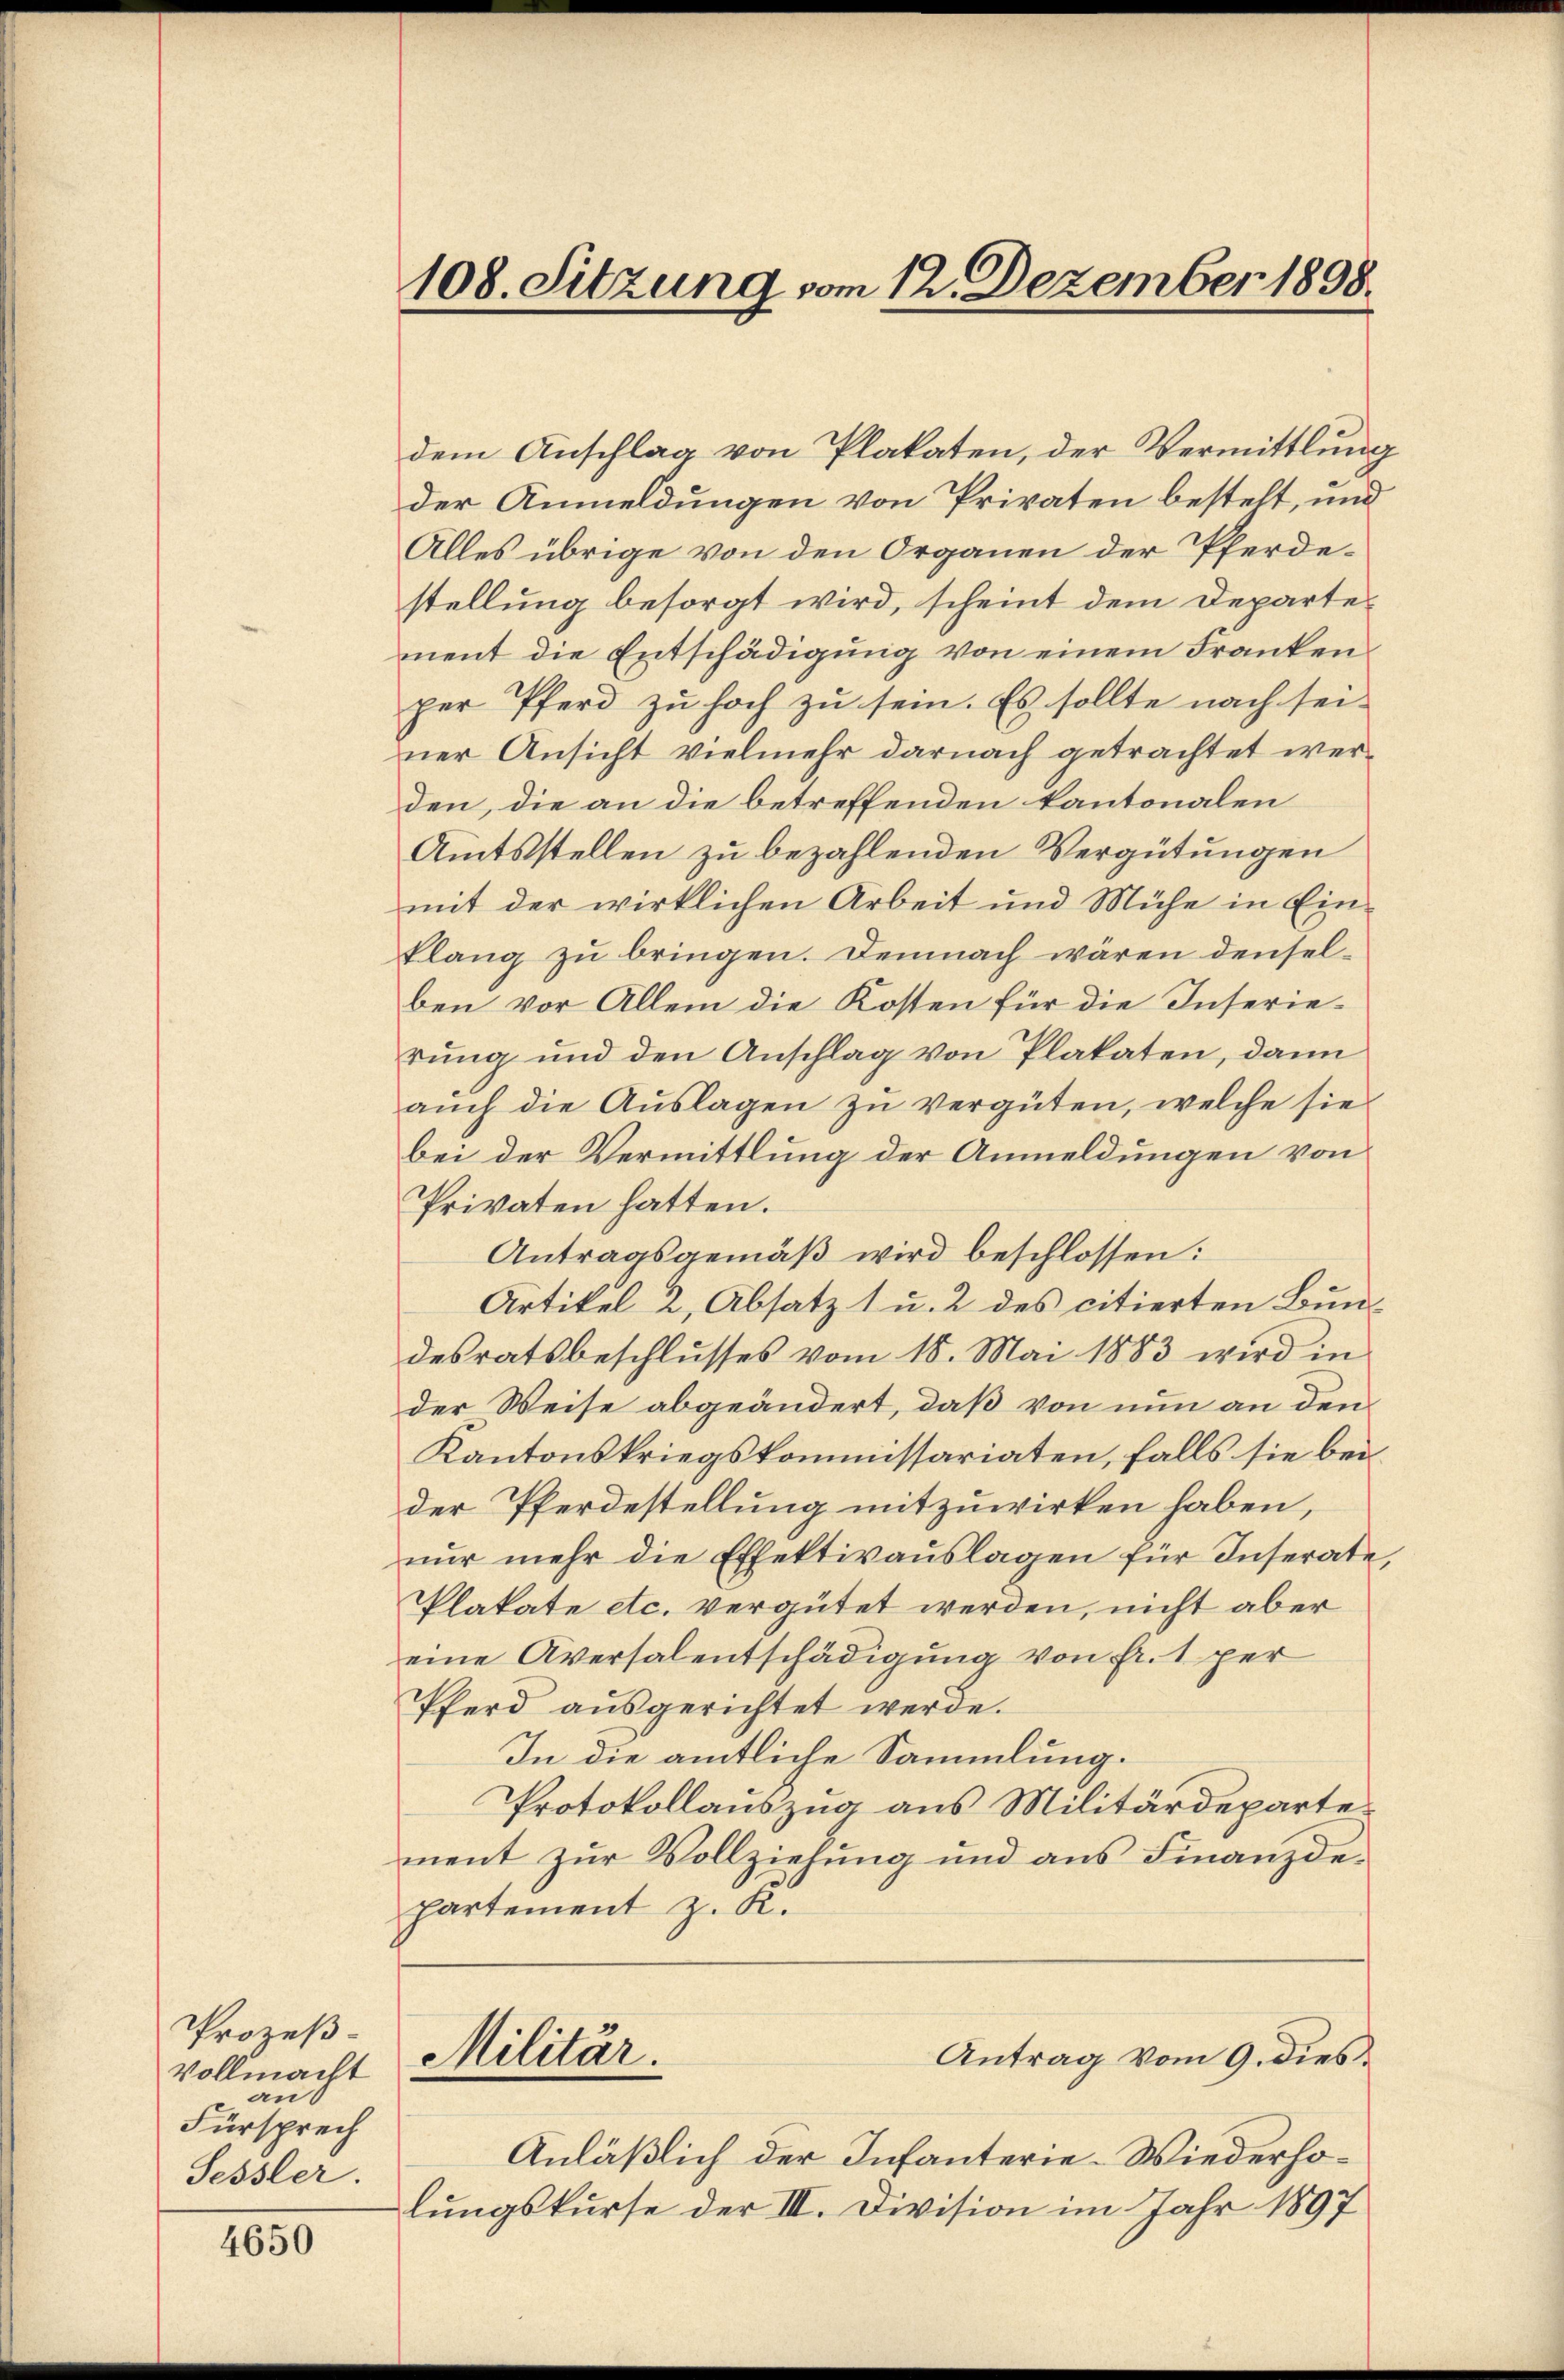
Prozeß-
Vollmacht
an
Fürsprech
Sessler.

4650

108. Sitzung vom 12. Dezember 1898.

dem Anschlag von Plakaten, der Vermittlung
der Anmeldungen von Privaten bestelt, und
Alles übrige von den Organen der Pferdestellung besorgt wird, scheint dem Departement die Entschädigung von einem Franken
per Pferd zu hoch zu sein. Es sollte nach sei-
ner Ansicht vielmehr darnach getrachtet werden, die an die betreffenden kantonalen
Amtsstellen zu bezahlenden Vergütungen
mit der wirklichen Arbeit und Mühe in Einklang zu bringen. Demnach wären denselben vor Allem die Kosten für die Inserierung und den Anschlag von Plakaten, dann
aŭch die Aŭslagen zŭ vergüten, welche sie
bei der Vermittlung der Anmeldungen von
Privaten hatten.
Antragsgemäß wird beschlossen:
Artikel 2, Absatz 1 u. 2 des citierten Bundesratsbeschlŭsses vom 18. Mai 1883 wird in
der Weise abgeändert, daß von nun an den
Kantonskriegskommissariaten, falls sie bei
der Pferdestellung mitzuwirken haben,
nŭr mehr die Effektivaŭslagen für Inserate,
Plakate etc. vergütet werden, nicht aber
eine Aversalentschädigung von Fr. 1 per
Pferd aŭsgerichtet werde.
In die amtliche Sammlung.
Protokollauszug aus Militärdepartement zur Vollziehung und aus Finanzdepartement z. K.
Militär.
Antrag vom 9. dies
Anläßlich der Infanterie-Wiederholungskurse der III. Division im Jahr 1897